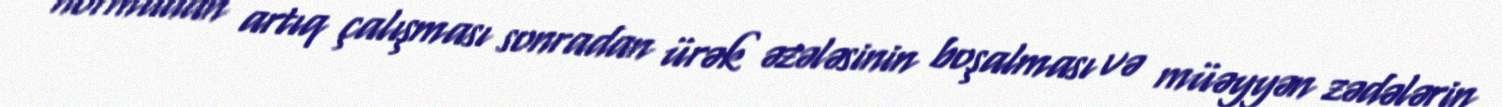
normadan artıq çalışması sonradan ürək əzələsinin boşalması və müəyyən zədələrin